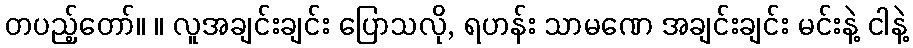
တပည့်တော်။ ။ လူအချင်းချင်း ပြောသလို, ရဟန်း သာမဏေ အချင်းချင်း မင်းနဲ့ ငါနဲ့